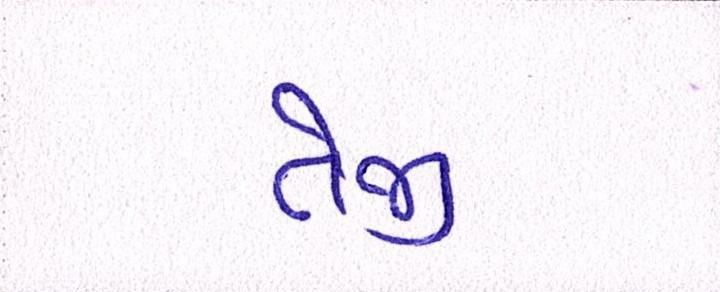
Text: તેજી